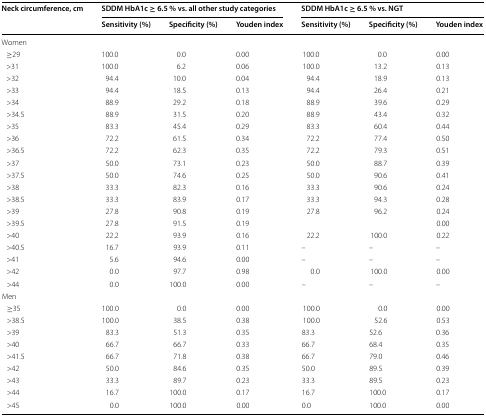
<table><thead><tr><td rowspan="2"><b>Neck circumference, cm</b></td><td colspan="3"><b>SDDM HbA1c ≥ 6.5 % vs. all other study categories</b></td><td colspan="3"><b>SDDM HbA1c ≥ 6.5 % vs. NGT</b></td></tr><tr><td><b>Sensitivity (%)</b></td><td><b>Specificity (%)</b></td><td><b>Youden index</b></td><td><b>Sensitivity (%)</b></td><td><b>Specificity (%)</b></td><td><b>Youden index</b></td></tr></thead><tbody><tr><td colspan="7">Women</td></tr><tr><td> ≥29</td><td>100.0</td><td>0.0</td><td>0.00</td><td>100.0</td><td>0.0</td><td>0.00</td></tr><tr><td> &gt;31</td><td>100.0</td><td>6.2</td><td>0.06</td><td>100.0</td><td>13.2</td><td>0.13</td></tr><tr><td> &gt;32</td><td>94.4</td><td>10.0</td><td>0.04</td><td>94.4</td><td>18.9</td><td>0.13</td></tr><tr><td> &gt;33</td><td>94.4</td><td>18.5</td><td>0.13</td><td>94.4</td><td>26.4</td><td>0.21</td></tr><tr><td> &gt;34</td><td>88.9</td><td>29.2</td><td>0.18</td><td>88.9</td><td>39.6</td><td>0.29</td></tr><tr><td> &gt;34.5</td><td>88.9</td><td>31.5</td><td>0.20</td><td>88.9</td><td>43.4</td><td>0.32</td></tr><tr><td> &gt;35</td><td>83.3</td><td>45.4</td><td>0.29</td><td>83.3</td><td>60.4</td><td>0.44</td></tr><tr><td> &gt;36</td><td>72.2</td><td>61.5</td><td>0.34</td><td>72.2</td><td>77.4</td><td>0.50</td></tr><tr><td> &gt;36.5</td><td>72.2</td><td>62.3</td><td>0.35</td><td>72.2</td><td>79.3</td><td>0.51</td></tr><tr><td> &gt;37</td><td>50.0</td><td>73.1</td><td>0.23</td><td>50.0</td><td>88.7</td><td>0.39</td></tr><tr><td> &gt;37.5</td><td>50.0</td><td>74.6</td><td>0.25</td><td>50.0</td><td>90.6</td><td>0.41</td></tr><tr><td> &gt;38</td><td>33.3</td><td>82.3</td><td>0.16</td><td>33.3</td><td>90.6</td><td>0.24</td></tr><tr><td> &gt;38.5</td><td>33.3</td><td>83.9</td><td>0.17</td><td>33.3</td><td>94.3</td><td>0.28</td></tr><tr><td> &gt;39</td><td>27.8</td><td>90.8</td><td>0.19</td><td>27.8</td><td>96.2</td><td>0.24</td></tr><tr><td> &gt;39.5</td><td>27.8</td><td>91.5</td><td>0.19</td><td>[EMPTY_CELL]</td><td>[EMPTY_CELL]</td><td>0.00</td></tr><tr><td> &gt;40</td><td>22.2</td><td>93.9</td><td>0.16</td><td>22.2</td><td>100.0</td><td>0.22</td></tr><tr><td> &gt;40.5</td><td>16.7</td><td>93.9</td><td>0.11</td><td>–</td><td>–</td><td>–</td></tr><tr><td> &gt;41</td><td>5.6</td><td>94.6</td><td>0.00</td><td>–</td><td>–</td><td>–</td></tr><tr><td> &gt;42</td><td>0.0</td><td>97.7</td><td>0.98</td><td>0.0</td><td>100.0</td><td>0.00</td></tr><tr><td> &gt;44</td><td>0.0</td><td>100.0</td><td>0.00</td><td>–</td><td>–</td><td>–</td></tr><tr><td colspan="7">Men</td></tr><tr><td> ≥35</td><td>100.0</td><td>0.0</td><td>0.00</td><td>100.0</td><td>0.0</td><td>0.00</td></tr><tr><td> &gt;38.5</td><td>100.0</td><td>38.5</td><td>0.38</td><td>100.0</td><td>52.6</td><td>0.53</td></tr><tr><td> &gt;39</td><td>83.3</td><td>51.3</td><td>0.35</td><td>83.3</td><td>52.6</td><td>0.36</td></tr><tr><td> &gt;40</td><td>66.7</td><td>66.7</td><td>0.33</td><td>66.7</td><td>68.4</td><td>0.35</td></tr><tr><td> &gt;41.5</td><td>66.7</td><td>71.8</td><td>0.38</td><td>66.7</td><td>79.0</td><td>0.46</td></tr><tr><td> &gt;42</td><td>50.0</td><td>84.6</td><td>0.35</td><td>50.0</td><td>89.5</td><td>0.39</td></tr><tr><td> &gt;43</td><td>33.3</td><td>89.7</td><td>0.23</td><td>33.3</td><td>89.5</td><td>0.23</td></tr><tr><td> &gt;44</td><td>16.7</td><td>100.0</td><td>0.17</td><td>16.7</td><td>100.0</td><td>0.17</td></tr><tr><td> &gt;45</td><td>0.0</td><td>100.0</td><td>0.00</td><td>0.0</td><td>100.0</td><td>0.00</td></tr></tbody></table>